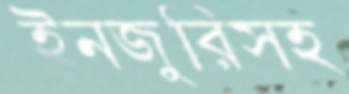
ইনজুরিসহ